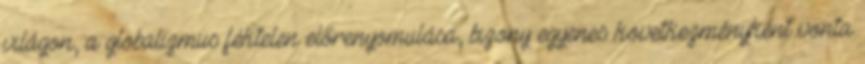
világon, a globalizmus féktelen előrenyomulása, bizony egyenes következményként vonta